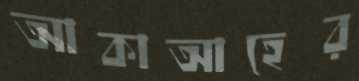
আকাআহের